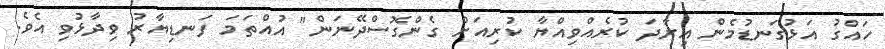
ހައްގު އަޅުގަނޑުމެން އިރާދަ ކުރެއްވިއްޔާ ކުރިއަށް ގެންގޮސްދޭނަން" އުއްތަމަ ފަނޑިޔާރު ވިދާޅުވި އެވެ.